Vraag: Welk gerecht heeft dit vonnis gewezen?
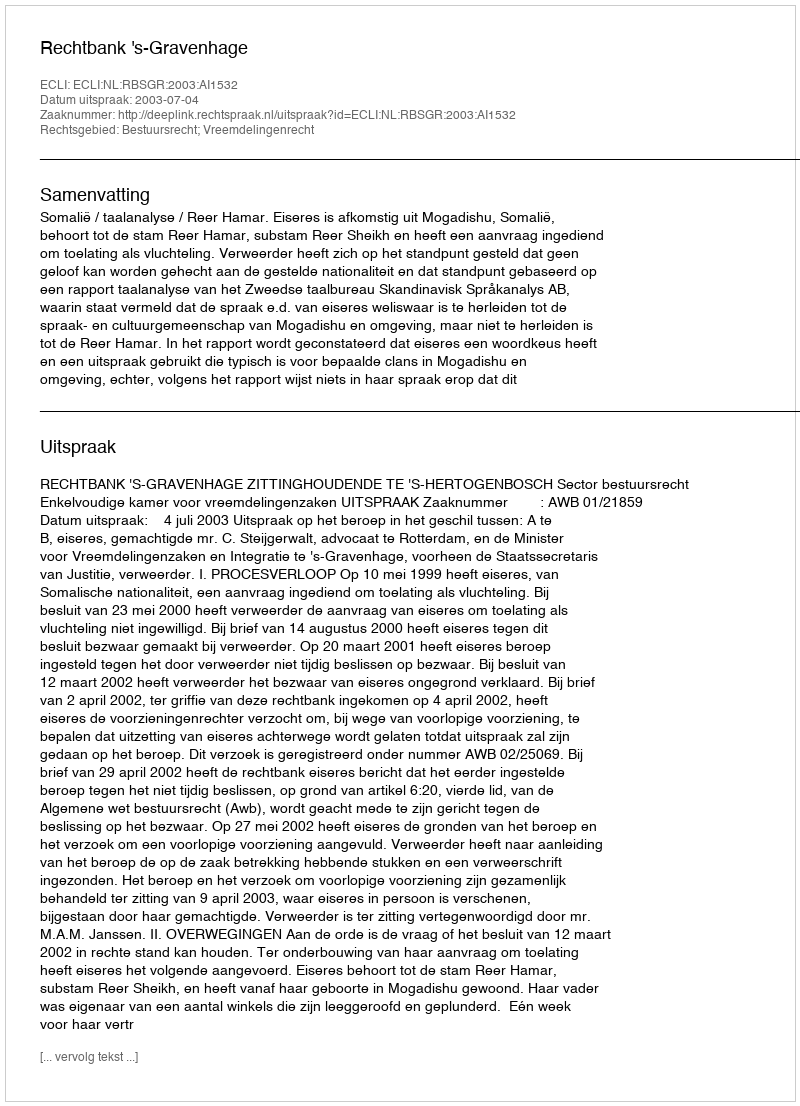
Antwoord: Rechtbank 's-Gravenhage